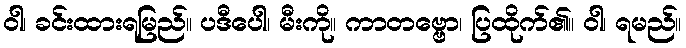
ဝါ၊ ခင်းထားရမြည်။ ပဒီပေါ၊ မီးကို။ ကာတဗ္ဗော၊ ပြထိုက်၏။ ဝါ၊ ရမည်။